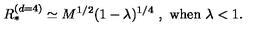
R _ { * } ^ { ( d = 4 ) } \simeq M ^ { 1 / 2 } ( 1 - \lambda ) ^ { 1 / 4 } \ , \ \mathrm { w h e n } \ \lambda < 1 .